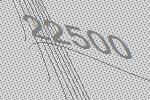
22500